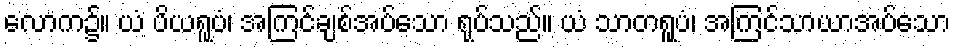
လောက၌။ ယံ ပိယရူပံ၊ အကြင်ချစ်အပ်သော ရုပ်သည်။ ယံ သာတရူပံ၊ အကြင်သာယာအပ်သော